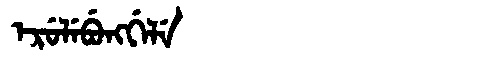
Manchu: ᡝᡵᡠᠯᡝᠪᡠᠩᡤᡝᠯᡝ
Romanization: ERULEBUNGGELE